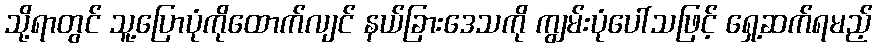
သို့ရာတွင် သူ့ပြောပုံကိုထောက်လျင် နယ်ခြားဒေသကို ကျွမ်းပုံပေါ်သဖြင့် ရှေ့ဆက်ရမည့်